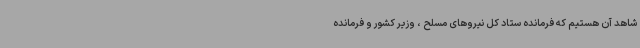
شاهد آن هستیم که فرمانده ستاد کل نیروهای مسلح ، وزیر کشور و فرمانده